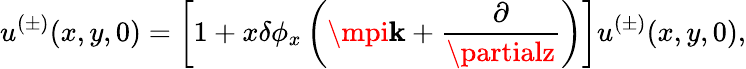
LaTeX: u^{(\pm)}(x,y,0)=\left[1+x\delta\phi_{x}\left(\mpi\mathbf{k}+\frac{{\partial}}{{\partialz}}\right)\right]u^{(\pm)}(x,y,0),